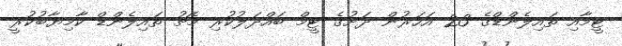
ޓީމާއި ތައިލެންޑްގެ 23 އަހަރުން ދަށުގެ ޓީމް ބައްދަލުކުރި މެޗު ތައިލެންޑް ކާމިޔާބުކުރީ